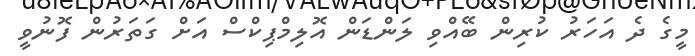
މީގެ ދެ އަހަރު ކުރިން ބޭއްވި ލަންޑަން އޮލިމްޕިކްސް އަށް ގަތަރުން ފޮނުވީ